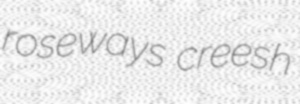
roseways creesh